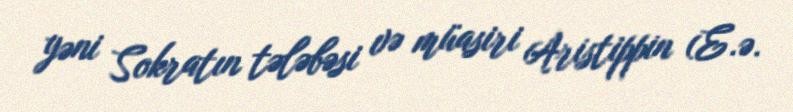
yəni Sokratın tələbəsi və müasiri Aristippin (E.ə.